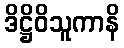
ဒိဋ္ဌိဝိသူကာနိ